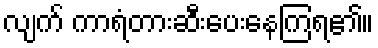
လျက် ကာရံတားဆီးပေးနေကြရ၏။